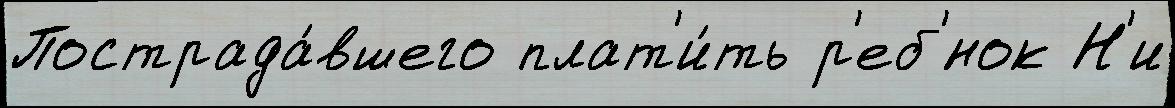
Пострада́вшего плат'и́ть р'еб'́нок Н'и